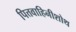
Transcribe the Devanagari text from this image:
पित्तवाहिनीशोथ